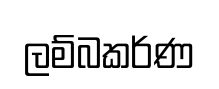
ලම්බකර්ණ